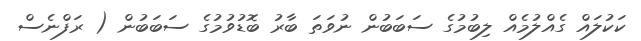
ކަކުލައް ގެއްލުމެއް ލިބުމުގެ ސަބަބުން ނުވަތަ ބާރު ބޮޑުވުމުގެ ސަބަބުން ( ރަފްނެސް